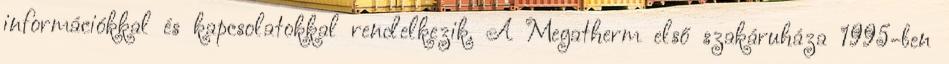
információkkal és kapcsolatokkal rendelkezik. A Megatherm első szakáruháza 1995-ben